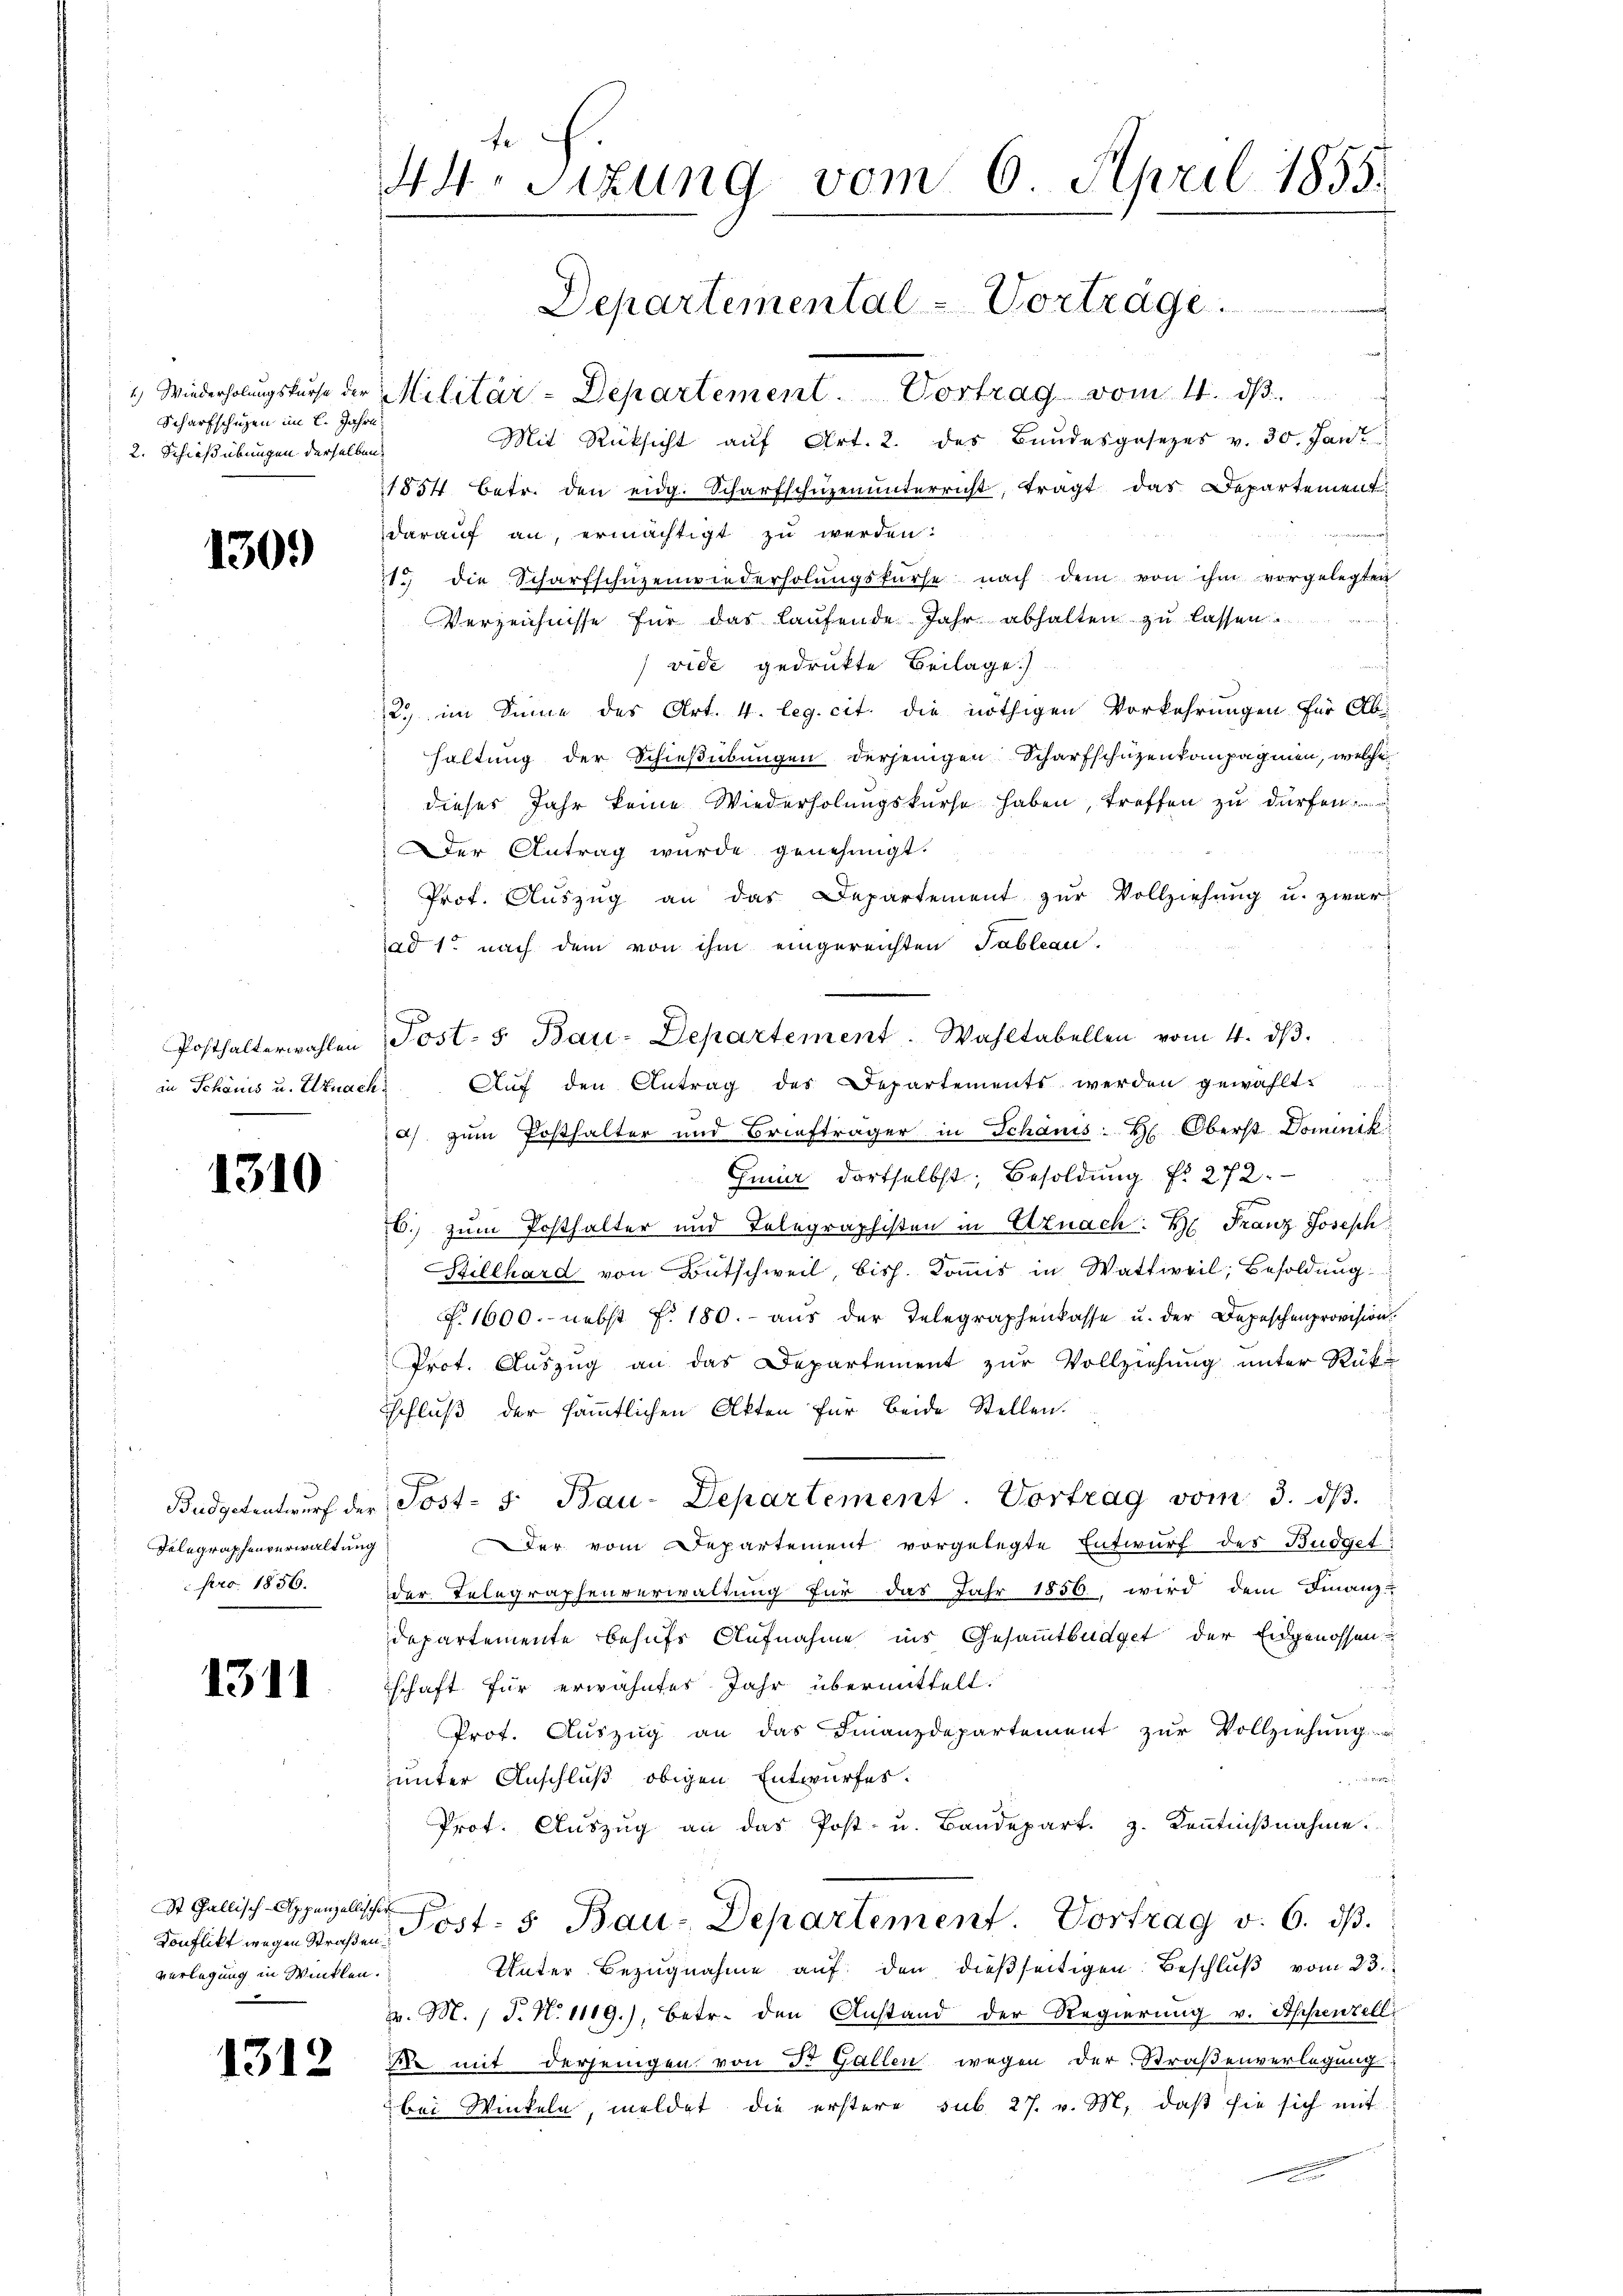
Scharfschuzen im 2. Jahre
2. Schießübungen derselben

130.)

in Schönis u. Uznach

1310

Delegraphenverwaltung
pro 1856.

1311

St. Gallisch-Appenzellischer
verlegung in Winklen.

1312

44. Sitzung vom 6. April 1855.

Mit Rücksicht auf Art. 2. des Bandesgesezes v. 30. Jan
1854 betr. den eidg. Scharfschüzenŭnterricht, trägt das Departement
darauf an, ermächtigt zu werden.
21. die Scharfschüzenwiederholŭngskŭrse nach dem von ihm vorgelegten
Verzeichnisse für das laufende Jahr abhalten zu lassen.
vide gedrukte Beilage)
2. im Sinne des Art. 4. leg. cit. die nöthigen Vorkehrungen für Ab-
haltung der Schießübungen derjenigen Scharfschüzenkompagnien, welche
dieses Jahr keine Wiederholungskurse haben, treffen zu dürfen.
Der Antrag wurde genehmigt.
Prof. Aŭszŭg an das Departement zŭr Vollziehŭng u. zwar
ad 1. nach dem von ihm eingereichten Tableau.
7
Posthalterwahlen Post- 5. Bau-Departement. Wahltabellen vom 4. dβ.
Aŭf den Antrag des Departements werden gewählt:
a) zum Posthalter und Briefträger in Schanis: H. Oberst Dominik
Gmir dortselbst, Besoldung Nr. 272.
6.) zum Posthalter und Telegraphisten in Uznach: H. Franz Joseph
Stillhard von Bütschweil, bish. Kommis in Wattweil, Besoldung
F. 1600. nebst f. 180. aus der Telegraphenkasse u. der Depeschenprovision.
Prot. Auszug an das Departement zur Vollziehung unter Rück-
schluß der sämmtlichen Akten für beide Stellen.
Budgetentwŭrf der Post- 5. Bau-Departement. Vortrag vom 3. dβ.
Der vom Departement vorgelegte Entwurf des Büdget:
der Telegraphenverwaltung für das Jahr 1856, wird dem Finanz-
Departemente behufs Aufnahme ins Gesammtbüdget der Eidgenossen
schaft für erwähntes Jahr übermittelt.
Prot. Auszug an das Finanzdepartement zur Vollziehung

unter Anschluß obigen Entwurfes.
Prof. Aŭszŭg an das Post- u. Bandepart. 3. Kenntniβnahme.
Konflikt wegen Straßen, Post- 5. Bau-Departement       Portrag v. 6. ds.
Unter Bezugnahme auf den dießseitigen Beschluß vom 23.
Z. M. 1 S. N. 1119.), betr. den Anstand der Regierung v. Appenzell
e mit derjenigen von Dr. Gallen wegen der Straßenverlegung
bei Winkeln, meldet die erstere sub 27. v. M. daß sie sich mit

Departemental - Vortrage ................
1.) Wiederholungskurse der Militär-Departement. Vortrag vom 11. 33.